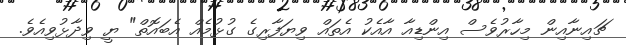
ޗައިނާއިން މިހާރުވެސް އިންޑިއާ އާއެކު އެތައް ވިޔަފާރިގެ ގުޅުމެއް އެބައޮތް" ޔީ ވިދާޅުވިއެވެ.